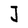
Character: J